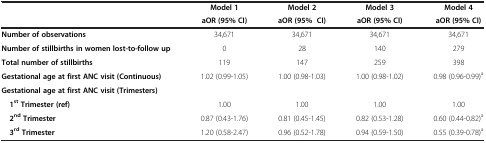
| <ROWSPAN=2>  | Model 1 | Model 2 | Model 3 | Model 4 |
 | aOR (95% CI) | aOR (95% CI) | aOR (95% CI) | aOR (95% CI) |
 | --- | --- | --- | --- | --- |
 | Number of observations | 34,671 | 34,671 | 34,671 | 34,671 |
 | Number of stillbirths in women lost-to-follow up | 0 | 28 | 140 | 279 |
 | Total number of stillbirths | 119 | 147 | 259 | 398 |
 | Gestational age at first ANC visit (Continuous) | 1.02 (0.99-1.05) | 1.00 (0.98-1.03) | 1.00 (0.98-1.02) | 0.98 (0.96-0.99)a |
 | Gestational age at first ANC visit (Trimesters) |  |  |  |  |
 | 1st Trimester (ref) | 1.00 | 1.00 | 1.00 | 1.00 |
 | 2nd Trimester | 0.87 (0.43-1.76) | 0.81 (0.45-1.45) | 0.82 (0.53-1.28) | 0.60 (0.44-0.82)a |
 | 3rd Trimester | 1.20 (0.58-2.47) | 0.96 (0.52-1.78) | 0.94 (0.59-1.50) | 0.55 (0.39-0.78)a |